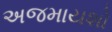
અજમાયશો